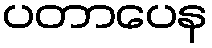
ပတာပေန